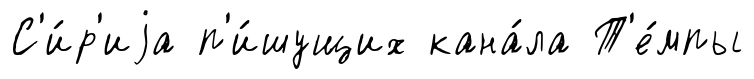
С'и́р'иjа п'и́шущих кана́ла Т'е́мпы